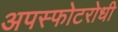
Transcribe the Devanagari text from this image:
अपस्फोटरोधी